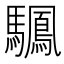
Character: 𫘙